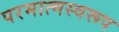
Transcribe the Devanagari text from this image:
परमात्मस्वरूप